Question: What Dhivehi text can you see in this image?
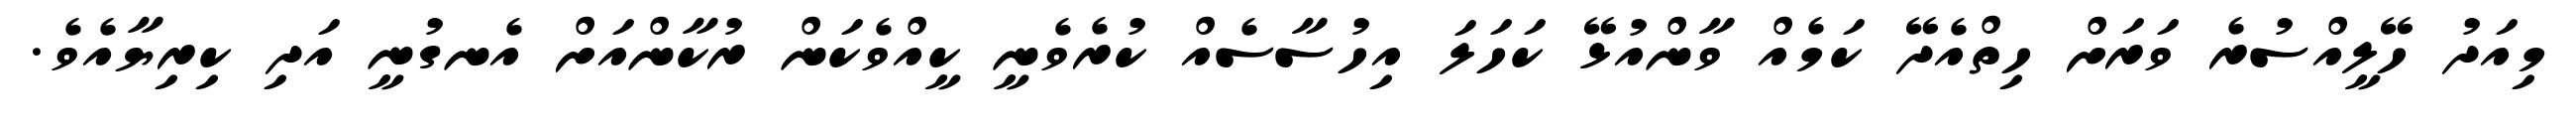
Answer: މިއަދު ހޭލީއްސުރެ ވަރަށް ހިތްއެދޭ ކަމެއް ވާންއުޅޭ ކަހަލަ އިހުސާސެއް ކުރެވެނީ ކީއްވެކަން ރުކާންއަށް އެނގުނީ އަދި ކިރިޔާއެވެ.